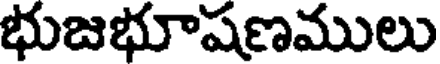
భుజభూషణములు